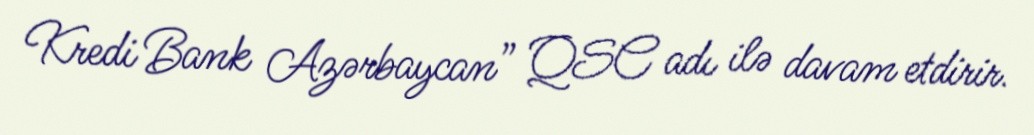
Kredi Bank Azərbaycan” QSC adı ilə davam etdirir.